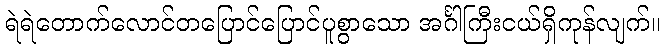
ရဲရဲတောက်လောင်တပြောင်ပြောင်ပူစွာသော အင်္ဂါကြီးငယ်ရှိကုန်လျက်။